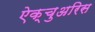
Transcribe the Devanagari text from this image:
ऐक्चुअरिस